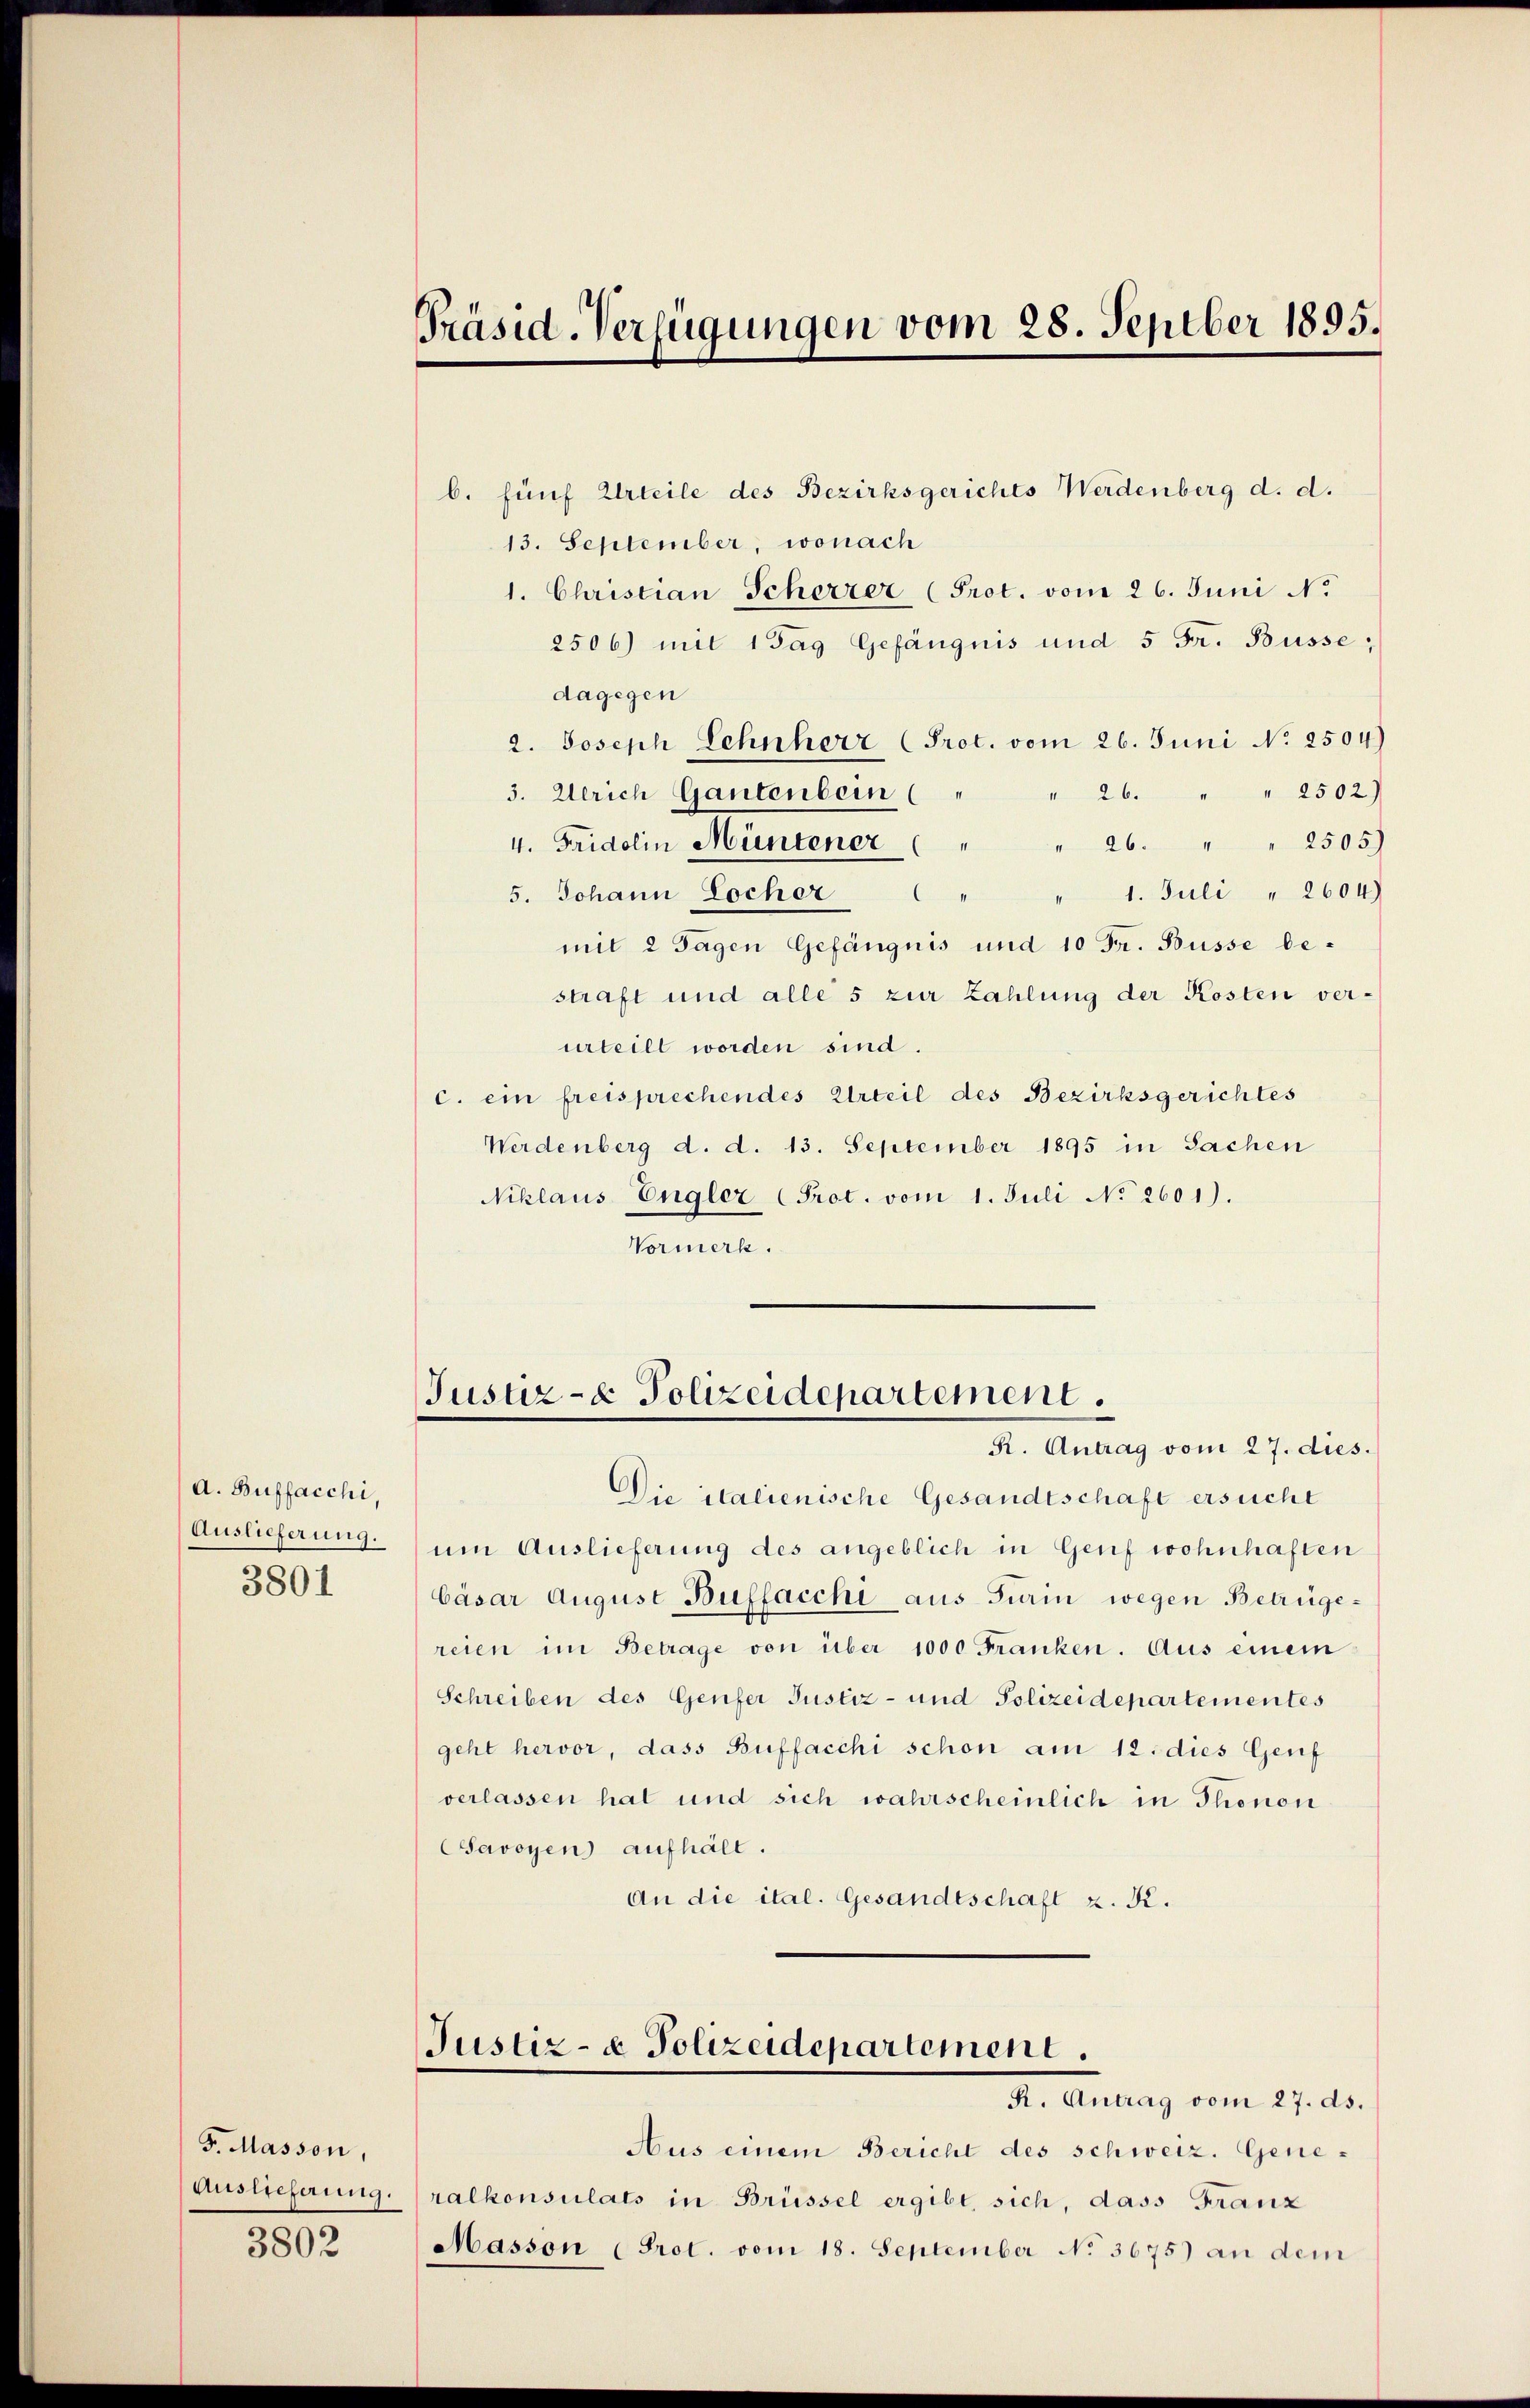
A. Buffacchi,
Auslieferung.
3801

F. Masson,

3802

Präsid-Verfügungen vom 28. Septber 1895.

b. fünf Urteile des Bezirksgerichts Werdenberg d. d.
13. September, wonach
1. Christian Scherzer (Prot. vom 26. Juni N.
2506) mit 1 Tag Gefängnis und 5 Fr. Büsse;
dagegen
2. Joseph Lehnherz (Prot. vom 26. Juni No 2504)
3. Ulrich Gantenbein ( " " 26. " " 2502)
4. Fridolin Müntener " " " 26. " " 2505)
1. Juli " 2604)
5. Johann Locher
mit 2 Tagen Gefängnis und 10 Fr. Büsse bestraft und alle 5 zur Zahlung der Kosten verurteilt worden sind.
c. ein freisprechendes Urteil des Bezirksgerichtes
Werdenberg d. d. 13. September 1895 in Sachen
Niklaus Engler (Prot. vom 1. Juli No 2601).
Vormerk.

Justiz- & Polizeidepartement.
R. Antrag vom 27. dies.

Die italienische Gesandtschaft ersucht
um Auslieferung des angeblich in Genf wohnhaften
bäsar August Buffacchi aus Turin wegen Betrügereien im Betrage von über 1000 Franken. Aus einem
Schreiben des Genfer Justiz- und Polizeidepartementes
geht hervor, dass Buffacchi schon am 12. dies Genf
verlassen hat und sich wahrscheinlich in Thonon
Savoyen aufhält.
An die ital. Gesandtschaft z. K.

Justiz- & Polizeidepartement.
R. Antrag vom 27. ds.

Aus einem Bericht des schweiz. Gene¬
Auslieferung. (ralkonsulats in Brüssel ergibt, sich, dass Franz
Masson (Prot. vom 18. September No. 3675) an dem